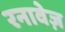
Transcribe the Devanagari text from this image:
रनावेज़